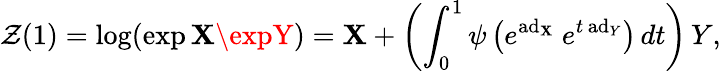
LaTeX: \mathcal{Z}(1)=\log(\exp\mathbf{X}\expY)=\mathbf{X}+\left(\int_{0}^{1}\psi\left(e^{\operatorname{ad}_{\mathbf{X}}}~e^{t\, {\mathrm{{ad}}}_{Y}}\right)\, dt\right)\, Y,